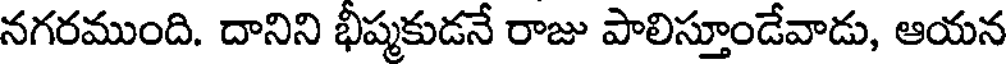
నగరముంది. దానిని భీష్మకుడనే రాజు పాలిస్తూండేవాడు, ఆయన